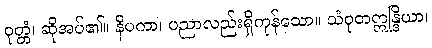
ဝုတ္တံ၊ ဆိုအပ်၏။ နိပကာ၊ ပညာလည်းရှိကုန်သော။ သံဝုတဣန္ဒြိယာ၊